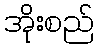
အိုးစည်